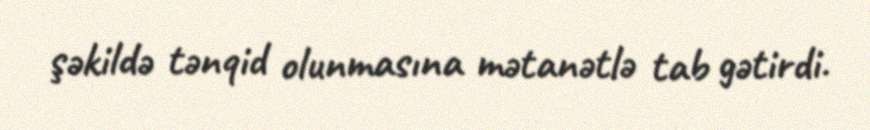
şəkildə tənqid olunmasına mətanətlə tab gətirdi.